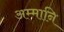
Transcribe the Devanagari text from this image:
अम्मानि